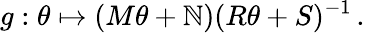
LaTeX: g:\theta\mapsto(M\theta+\mathbb{N})(R\theta+S)^{-1}\, .